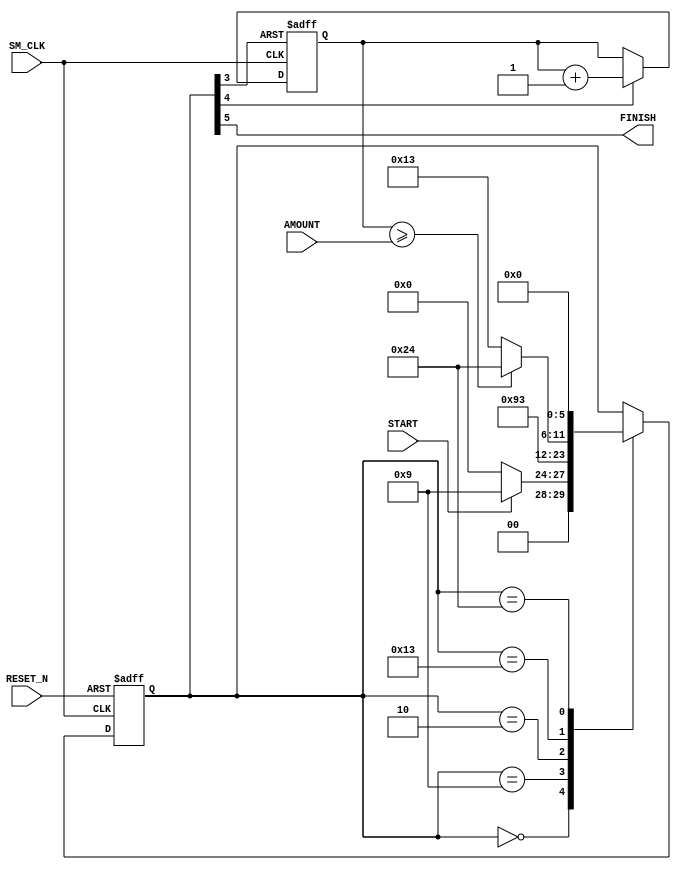

module programmable_wait
               ( //Inputs
				 SM_CLK,
				 RESET_N,
				 START,
				 AMOUNT,
				//Outputs
				 FINISH
			    );
				 
parameter width = 24;

input			START;
input[width-1:0]		AMOUNT;
input			RESET_N;
input			SM_CLK;

output			FINISH;

wire			SM_CLK;
wire			RESET_N;
wire			START;
wire[width-1:0]		AMOUNT;

wire			FINISH;
reg[5:0]		state = 0;		 /// ______ count
reg[width-1:0]		counter;	///_/_
parameter	idle	                 =	6'b000_000;
parameter	reset_counter_now	     =	6'b001_001;
parameter	wait_counter_reset	     =	6'b000_010;
parameter	count_now	             =	6'b010_011; 
parameter	finished	             =	6'b100_100;

wire	reset_counter	=	state[3];
wire	cnt_en	        =	state[4];
assign	FINISH	        =	state[5];

always @(posedge SM_CLK	or negedge RESET_N)
		if(~RESET_N)
			begin
				state	<=	idle;
			end
		else
			begin
				case (state)
					idle	:	begin
									if(START)
										begin
											state	<=	reset_counter_now;
											
										end
									else
										state	<=	idle;
								end
					reset_counter_now	:	state	<=	wait_counter_reset;
					wait_counter_reset	:	state	<=	count_now;
					count_now	:	    if(counter >= AMOUNT)
										state	<=	finished;
									else
										state	<=	count_now;
								
					finished	:	state	<=	idle;
					default;
				endcase
			end

				
			
always	@(posedge SM_CLK or posedge reset_counter)
			if(reset_counter)
			begin
				counter	<=	0;
			end
			else
			begin 
			    if (cnt_en)
				begin
				     counter	<=	counter	+ 1;	
				end
            end
			

endmodule